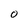
Character: O